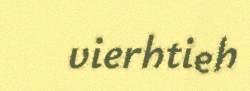
vierhtieh